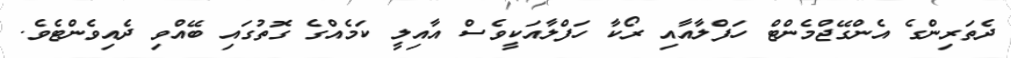
ދެތަރިންގެ އެންގޭޖްމެންޓް ހަފްލާއާއި ރޯކާ ހަފްލާއަކީވެސް އާއިލީ ކަމެއްގެ ގޮތުގައި ބޭއްވި ދެއިވެންޓެވެ.